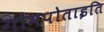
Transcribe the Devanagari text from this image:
गोमपोताइति